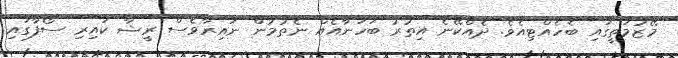
މޭޒުމަތީގައި ބެހެއްޓިއެވެ. ދެއްކޭނެ އިތުރު ބަހަނާއެއް ނެތުމުން ނައިރާވެސް ރީޝާ ކައިރި ސޯފާގައި